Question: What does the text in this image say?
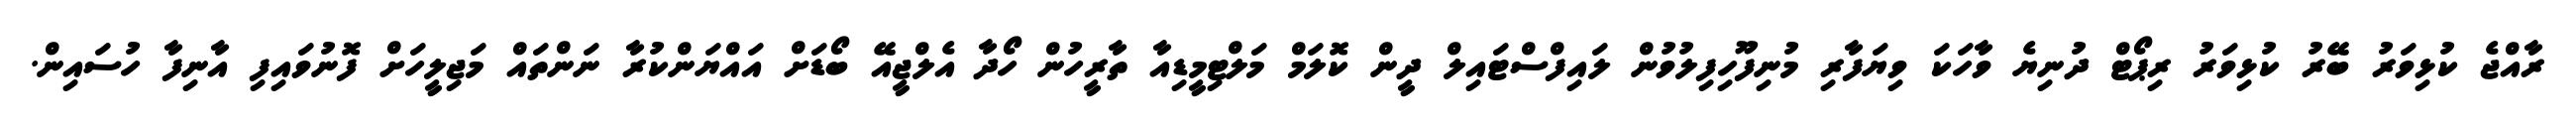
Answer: ރާއްޖެ ކުޅިވަރު ބޭރު ކުޅިވަރު ރިޕޯޓް ދުނިޔެ ވާހަކަ ވިޔަފާރި މުނިފޫހިފިލުވުން ލައިފްސްޓައިލް ދީން ކޮލަމް މަލްޓިމީޑިއާ ތާރީހުން ހޯދާ އެލްޖީއޭ ބޯޑަށް އައްޔަންކުރާ ނަންތައް މަޖިލީހަށް ފޮނުވައިފި އާނިފާ ހުސައިން.